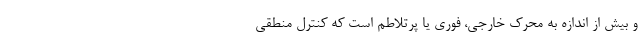
و بیش از اندازه به محرک خارجی، فوری یا پرتلاطم است که کنترل منطقی